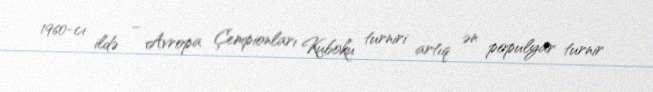
1960-cı ildə – Avropa Çempionları Kuboku turniri artıq ən populyar turnir